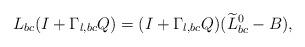
LaTeX: \begin{align*}L_{bc}(I+\Gamma_{l, bc}Q)=(I+\Gamma_{l, bc}Q)(\widetilde{L}_{bc}^0-B),\end{align*}